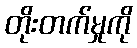
တိုးတက်မှုကို